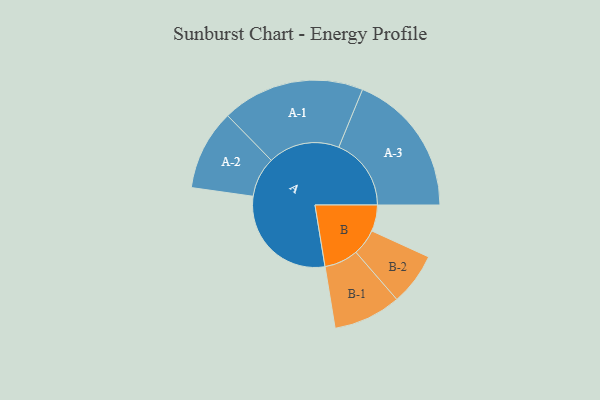
{"axis": {"x": "Segment", "y": "Value"}, "legend": ["", "A", "B"], "data": [{"x": "A", "y": 468, "type": ""}, {"x": "B", "y": 107, "type": ""}, {"x": "A-1", "y": 291, "type": "A"}, {"x": "A-2", "y": 164, "type": "A"}, {"x": "A-3", "y": 295, "type": "A"}, {"x": "B-1", "y": 138, "type": "B"}, {"x": "B-2", "y": 107, "type": "B"}]}